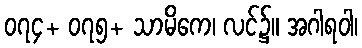
၀၇၄+ ၀၇၅+ သာမိကေ၊ လင်၌။ အဂါရဝါ၊